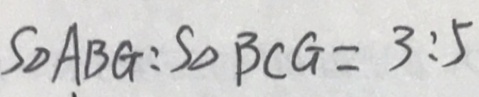
S _ { \Delta } A B G : S _ { \Delta } B C G = 3 : 5